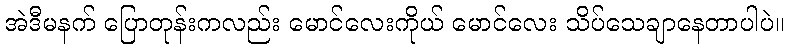
အဲဒီမနက် ပြောတုန်းကလည်း မောင်လေးကိုယ် မောင်လေး သိပ်သေချာနေတာပါပဲ။